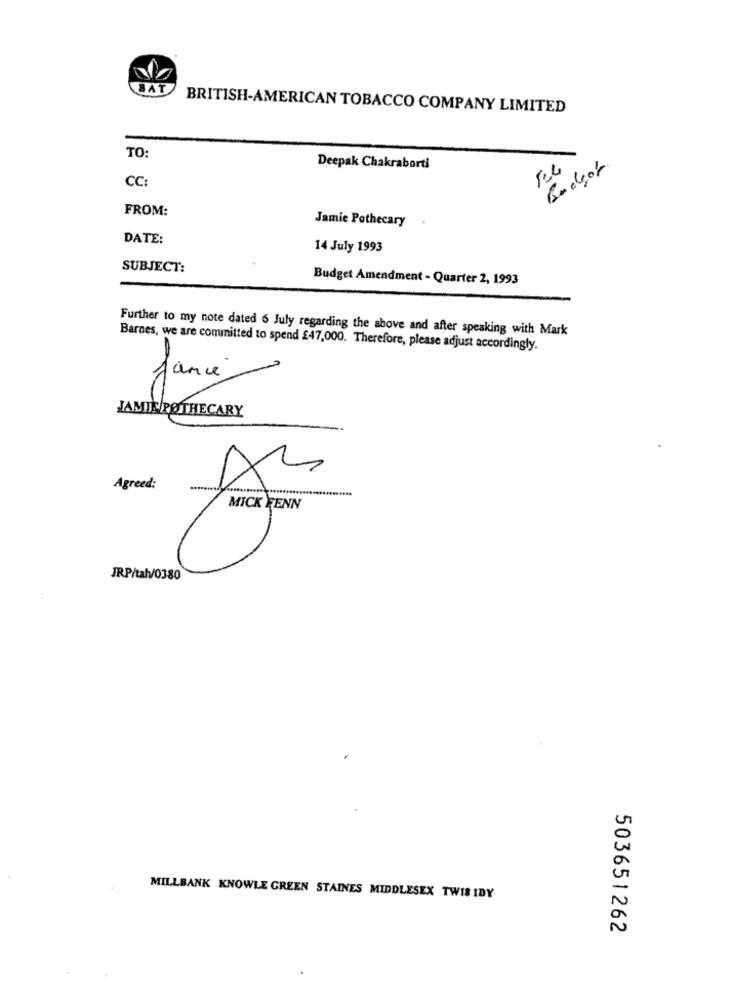
BAT
BRITISH-AMERICAN TOBACCO COMPANY LIMITED
TO:
Deepak Chakraborti
CC:
FROM:
Jamie Pothecary
DATE:
14 July 1993
SUBJECT:
Budget Amendment - Quarter 2, 1993
Further to my note dated 6 July regarding the above and after speaking with Mark
Barnes, we are committed to spend £47,000. Therefore, please adjust accordingly.
Jamie
JAMIE POTHECARY
Agreed:
MICK FENN
JRP/tah/0380
MILLBANK KNOWLE GREEN STAINES MIDDLESEX TWIS IDY
503651262